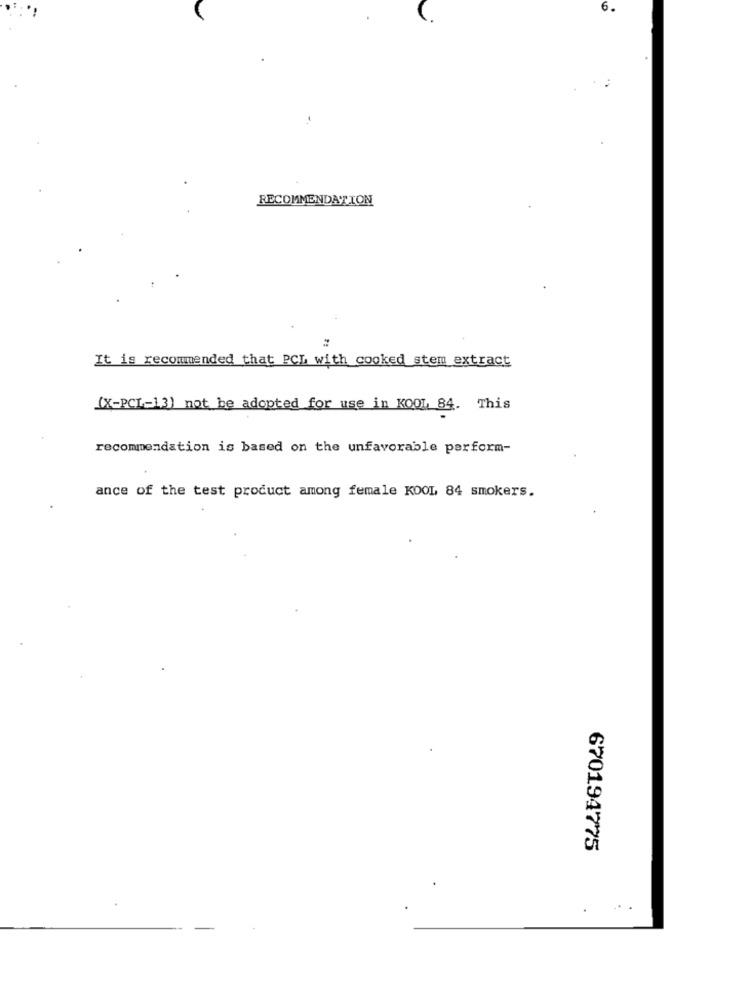
6.
RECOMMENDATION
It is recommended that PCL with cooked stem extract
(X-PCL-13) not be adopted for use in KOOL 84. This
recommendation is based on the unfavorable perform-
ance of the test product among female KOOL 84 smokers.
670194775